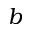
b